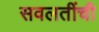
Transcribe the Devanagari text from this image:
सवलतींची